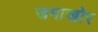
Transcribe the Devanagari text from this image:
जमाखोर